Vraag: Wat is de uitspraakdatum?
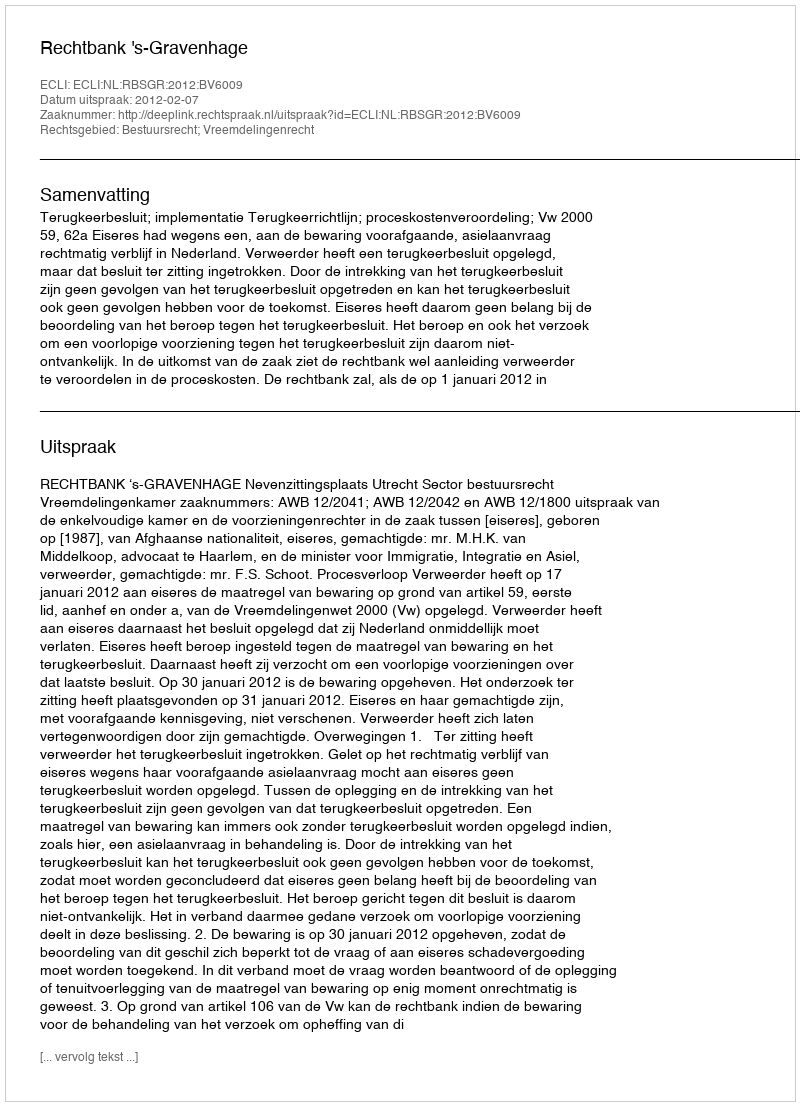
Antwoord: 2012-02-07